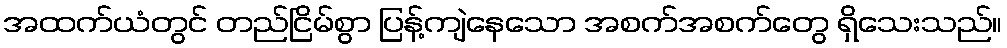
အထက်ယံတွင် တည်ငြိမ်စွာ ပြန့်ကျဲနေသော အစက်အစက်တွေ ရှိသေးသည်။